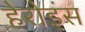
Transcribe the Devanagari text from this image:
हेरोइंस